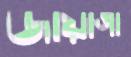
জায়াগা